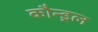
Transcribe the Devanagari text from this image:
कौन्ड्रल